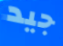
جيد